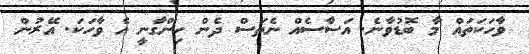
ވާހަކަތައް މާ ބޮޑުވާނެ. އަސާސެެއް ނެތަސް ދެން ހިންގާނީ އެ ވާހަކަ. އޭރުން